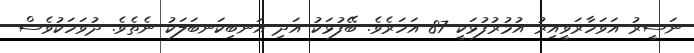
ނަސީރު އަވަހާރަވީއިރު އުމުރުފުޅަކީ 87 އަހަރެވެ. ބޭފުޅަކު އަދި އަނބިކަނބަލަކު ނެތެވެ. ދުވަހަކުވެސް